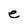
Character: e